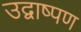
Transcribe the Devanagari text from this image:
उद्वाष्पण